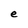
Character: e